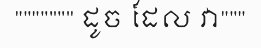
""""""" ដូច ដែល វា"""